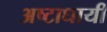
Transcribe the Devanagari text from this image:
अष्‍टाधायी